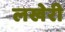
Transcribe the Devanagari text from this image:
लखेरी